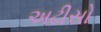
અઢીસો